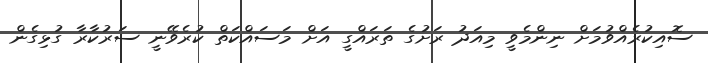
ސޮއިކުރެއްވުމަށް ނިންމެވީ މިއަދު ރަށުގެ ތަރައްގީ އަށް މަސައްކަތް ކުރެވޭނީ ސަރުކާރާ ގުޅިގެން